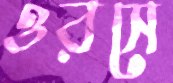
ওরসে